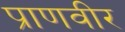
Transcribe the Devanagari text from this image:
प्राणवीर